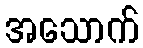
အသောက်